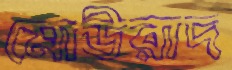
মোউরাদ